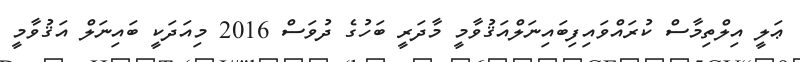
ޢަލީ އިލްތިމާސް ކުރައްވައިފިބައިނަލްއަޤުވާމީ މާދަރީ ބަހުގެ ދުވަސް 2016 މިއަދަކީ ބައިނަލް އަޤުވާމީ